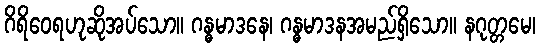
ဂိရိဝေရဟုဆိုအပ်သော။ ဂန္ဓမာဒနေ၊ ဂန္ဓမာဒနအမည်ရှိသော။ နဂုတ္တမေ၊